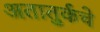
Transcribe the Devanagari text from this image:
अतातुर्कचे